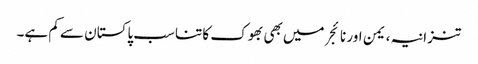
تنزانیہ، یمن اور نائجر میں بھی بھوک کا تناسب پاکستان سے کم ہے۔